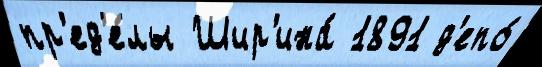
пр'ед'е́лы Шир'ина́ 1891 д'епо́